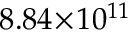
8 . 8 4 \! \times \! 1 0 ^ { 1 1 }